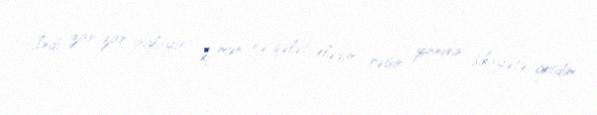
İndi zar-zar ağlayır ki, mən nə qələt elədim, rəisin yanına şikayətə getdim.